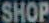
SHOP